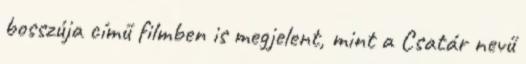
bosszúja című filmben is megjelent, mint a Csatár nevű